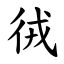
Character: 㣝